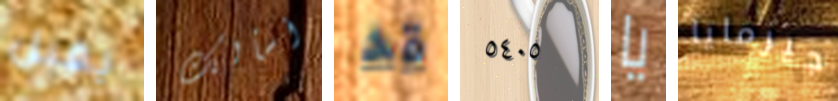
يقبل أسألك قد ٥٤٠٥ يا جيرمايا